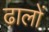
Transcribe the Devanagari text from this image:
ढ़ालों